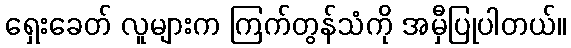
ရှေးခေတ် လူများက ကြက်တွန်သံကို အမှီပြုပါတယ်။